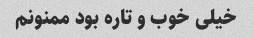
خیلی خوب و تاره بود ممنونم